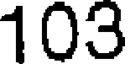
103